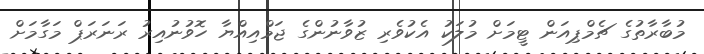
މުބާރާތުގެ ޗެމްޕިއަން ޓީމަށް މުލަކު އެކުވެރި ޒުވާނުންގެ ޖަމްއިއްޔާ ހޮވުނުއިރު ރަނަރަޕް މަގާމަށް